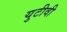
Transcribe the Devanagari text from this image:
युटीवी